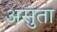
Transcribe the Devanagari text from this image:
असुंता